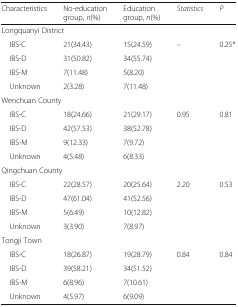
| Characteristics | No-education group, n(%) | Education group, n(%) | Statistics | P |
 | --- | --- | --- | --- | --- |
 | <COLSPAN=5> Longquanyi District |
 | IBS-C | 21(34.43) | 15(24.59) | <ROWSPAN=4> – | <ROWSPAN=4> 0.25* |
 | IBS-D | 31(50.82) | 34(55.74) |
 | IBS-M | 7(11.48) | 5(8.20) |
 | Unknown | 2(3.28) | 7(11.48) |
 | <COLSPAN=5> Wenchuan County |
 | IBS-C | 18(24.66) | 21(29.17) | <ROWSPAN=4> 0.95 | <ROWSPAN=4> 0.81 |
 | IBS-D | 42(57.53) | 38(52.78) |
 | IBS-M | 9(12.33) | 7(9.72) |
 | Unknown | 4(5.48) | 6(8.33) |
 | <COLSPAN=5> Qingchuan County |
 | IBS-C | 22(28.57) | 20(25.64) | <ROWSPAN=4> 2.20 | <ROWSPAN=4> 0.53 |
 | IBS-D | 47(61.04) | 41(52.56) |
 | IBS-M | 5(6.49) | 10(12.82) |
 | Unknown | 3(3.90) | 7(8.97) |
 | <COLSPAN=5> Tongji Town |
 | IBS-C | 18(26.87) | 19(28.79) | <ROWSPAN=4> 0.84 | <ROWSPAN=4> 0.84 |
 | IBS-D | 39(58.21) | 34(51.52) |
 | IBS-M | 6(8.96) | 7(10.61) |
 | Unknown | 4(5.97) | 6(9.09) |